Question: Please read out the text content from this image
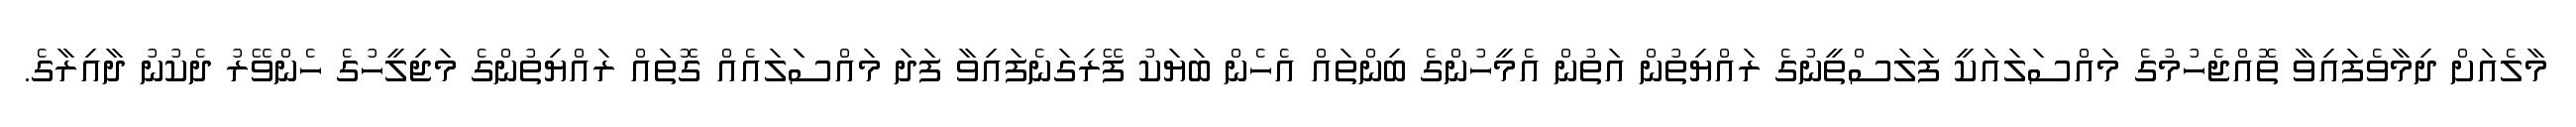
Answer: މާލެއަށް ދިމާވެފައިވާ ތޮއްޖެހުމުގެ މައްސަލައަކީ ފަލަސްތީނުގެ ރައްޔިތުން އަތުން އެމީހުންގެ ބިންތައް އެހެން ބަޔަކު ފޭރިގަނެފައިވާ ފަދަ މައްސަަލައެއް ގޮތައް ރައްޔިތުންގެ މަޖިލީހުގެ ހެންވޭރު ދެކުނު ދާއިރާގެ.